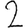
Digit: 2